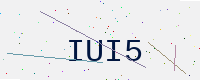
Text: IUI5